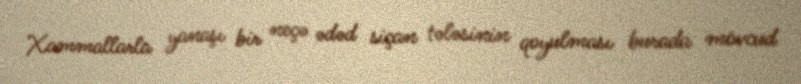
Xammallarla yanaşı bir neçə ədəd siçan tələsinin qoyulması burada mövcud